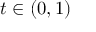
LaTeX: t \in \left( 0 , 1 \right)